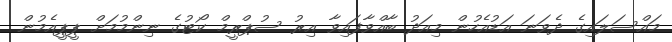
މައްސަލައިގެ ދެވަނަ އަޑުއެހުން މިއަދު ބާއްވާފައިވާ އިރު ސުޕްރީމް ކޯޓުގެ ނިންމުމަށް ޕީޕީއެމުން